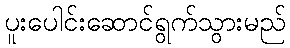
ပူးပေါင်းဆောင်ရွက်သွားမည်